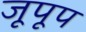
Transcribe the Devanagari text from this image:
जूपूप